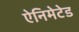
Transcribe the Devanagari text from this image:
ऐनिमेटेड